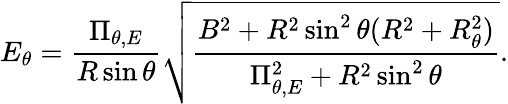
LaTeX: E_{\theta}=\frac{\Pi_{\theta,E}}{R\sin\theta}\sqrt{\frac{B^{2}+R^{2}\sin^{2}\theta(R^{2}+R_{\theta}^{2})}{\Pi_{\theta,E}^{2}+R^{2}\sin^{2}\theta}}.